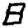
Digit: 8